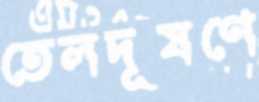
তেলদূষণে